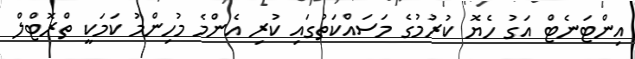
އިންޓަނެޓް އަގު ހެޔޮ ކުރުމުގެ މަސައްކަތުގައި ކުރި އެންމެ މުހިންމު ކަމަކީ ތްރޮޓްލް